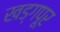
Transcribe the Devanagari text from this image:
खड्गपूर